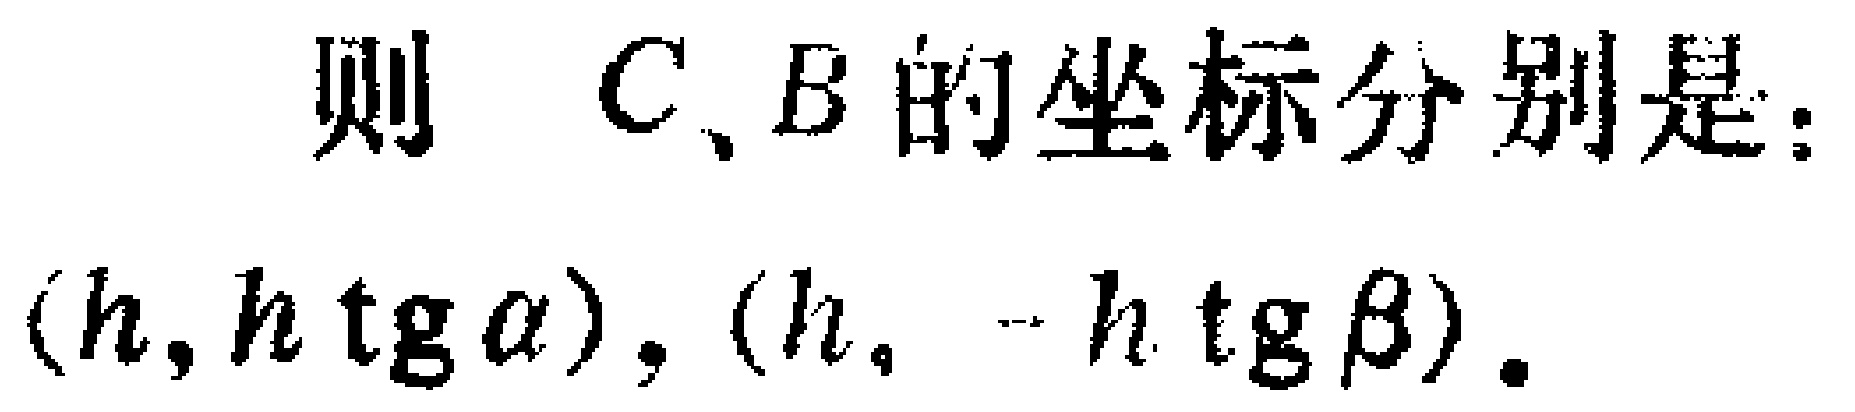
则 \(C、B\) 的坐标分别是：
\((h,h\operatorname{tg}\alpha),(h, - h\operatorname{tg}\beta)\).